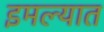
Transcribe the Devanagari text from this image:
इमल्यात